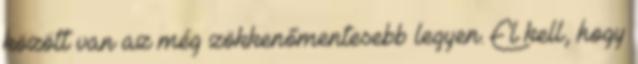
között van az még zökkenőmentesebb legyen. El kell, hogy